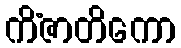
ကိံဇာတိကော